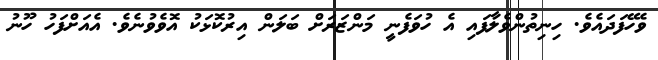
ވެހޭފަދައެވެ. ހިނިތުންވެލާފައި އެ ހުވަފެނީ މަންޒަރަށް ބަލަން އިރުކޮޅަކު އޮވެވުނެވެ. އެއަށްފަހު ހޫނު